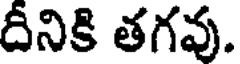
దీనికి తగవు.